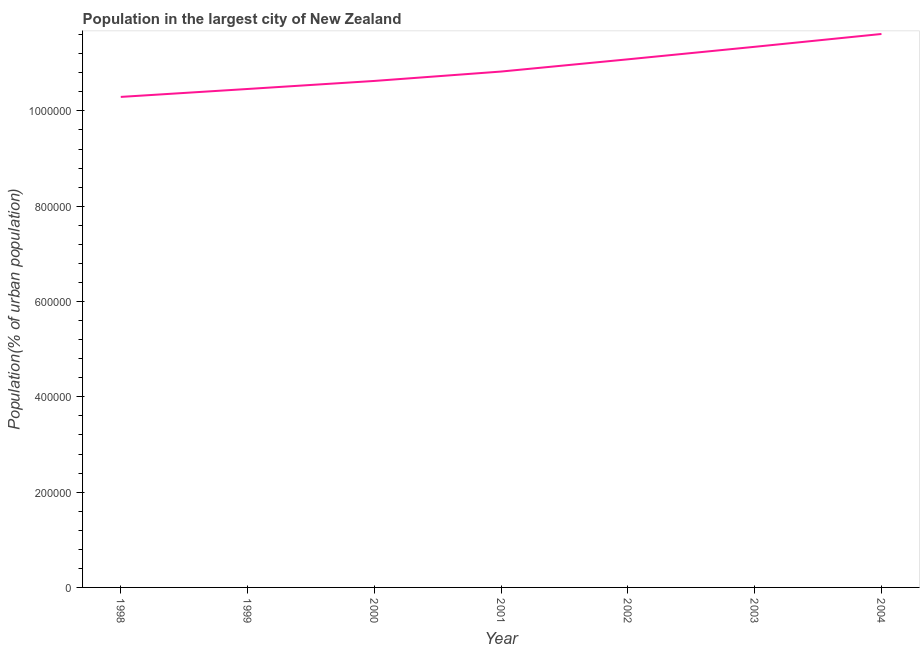
| Year | Population in largest city |
 | --- | --- |
 | 1998 | 1.03e+06 |
 | 1999 | 1.05e+06 |
 | 2000 | 1.06e+06 |
 | 2001 | 1.08e+06 |
 | 2002 | 1.11e+06 |
 | 2003 | 1.13e+06 |
 | 2004 | 1.16e+06 |